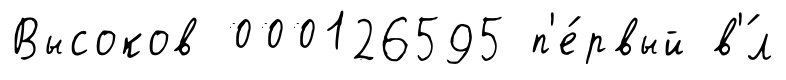
Высоков 000126595 п'е́рвый в'́л